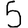
Digit: 5